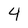
Character: 4